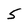
Character: 5